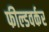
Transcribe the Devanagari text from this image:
फील्डवर्कर